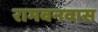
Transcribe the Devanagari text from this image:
रामवनवास